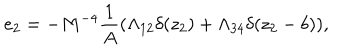
LaTeX: e _ { 2 } = - M ^ { - 4 } \frac { 1 } { A } ( \Lambda _ { 1 2 } \delta ( z _ { 2 } ) + \Lambda _ { 3 4 } \delta ( z _ { 2 } - b ) ) ,